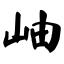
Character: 岫